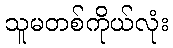
သူမတစ်ကိုယ်လုံး